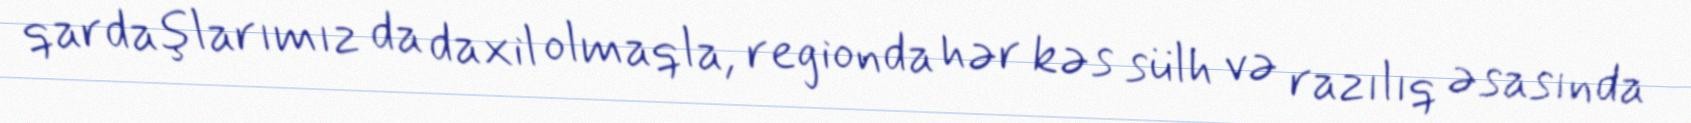
qardaşlarımız da daxil olmaqla, regionda hər kəs sülh və razılıq əsasında